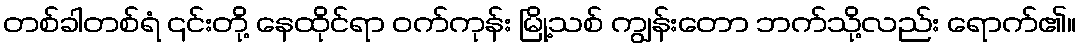
တစ်ခါတစ်ရံ ၎င်းတို့ နေထိုင်ရာ ဝက်ကုန်း မြို့သစ် ကျွန်းတော ဘက်သို့လည်း ရောက်၏။